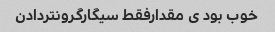
خوب بود ی مقدارفقط سیگارگرونتردادن